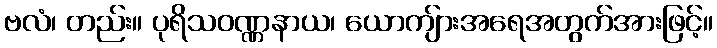
ဗလံ၊ တည်း။ ပုရိသဝဏ္ဏနာယ၊ ယောကျ်ားအရေအတွက်အားဖြင့်။